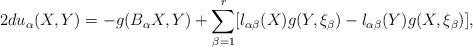
LaTeX: \begin{align*}2du_{\alpha}(X, Y)=-g(B_{\alpha}X, Y)+\sum_{\beta=1}^{r}[l_{\alpha\beta}(X)g(Y, \xi _{\beta})-l_{\alpha\beta}(Y)g(X, \xi _{\beta})],\end{align*}